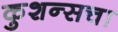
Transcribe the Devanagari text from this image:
कुशन्सचा